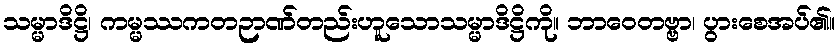
သမ္မာဒိဋ္ဌိ၊ ကမ္မဿကတဉာဏ်တည်းဟူသောသမ္မာဒိဋ္ဌိကို။ ဘာဝေတဗ္ဗာ၊ ပွားစေအပ်၏။